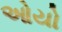
ઓયો